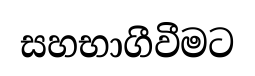
සහභාගීවීමට